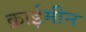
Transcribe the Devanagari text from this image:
क्राईमीन